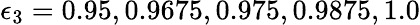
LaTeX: \epsilon_{3}=0.95,0.9675,0.975,0.9875,1.0